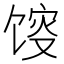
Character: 𱄂